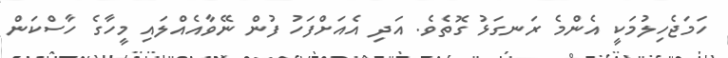
ހަމަޖެހިލުމަކީ އެންމެ ރަނގަޅު ގޮތެވެ. އަދި އެއަށްފަހު ފުން ނޭވާއެއްލައި މީހާގެ ހާސްކަން